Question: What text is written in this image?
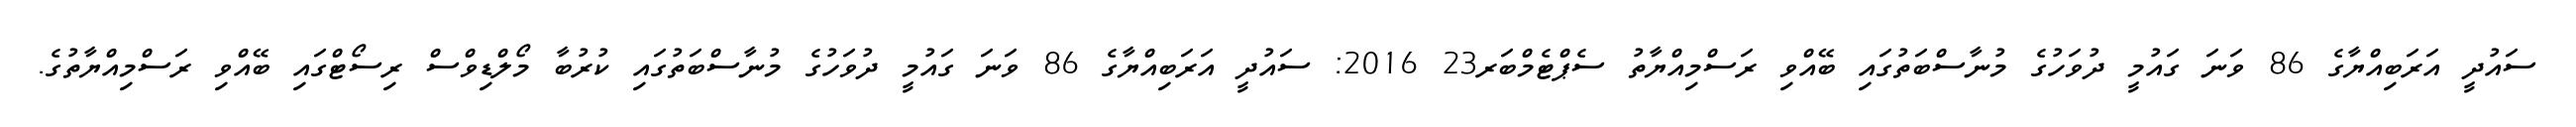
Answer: ސައުދީ އަރަބިއްޔާގެ 86 ވަނަ ގައުމީ ދުވަހުގެ މުނާސްބަތުގައި ބޭއްވި ރަސްމިއްޔާތު ސެޕްޓެމްބަރ23 2016: ސައުދީ އަރަބިއްޔާގެ 86 ވަނަ ގައުމީ ދުވަހުގެ މުނާސްބަތުގައި ކުރުބާ މޯލްޑިވްސް ރިސޯޓްގައި ބޭއްވި ރަސްމިއްޔާތުގެ.